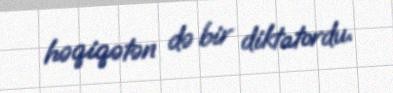
həqiqətən də bir diktatordu.